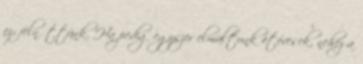
ez: felnőttünk. Ha pedig egyszer elmúltunk ötévesek, nehéz a